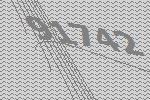
91742